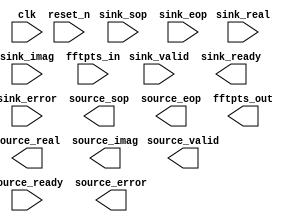

module fft_1k_fp (
	clk,
	reset_n,
	sink_valid,
	sink_ready,
	sink_error,
	sink_sop,
	sink_eop,
	sink_real,
	sink_imag,
	fftpts_in,
	source_valid,
	source_ready,
	source_error,
	source_sop,
	source_eop,
	source_real,
	source_imag,
	fftpts_out);	

	input		clk;
	input		reset_n;
	input		sink_valid;
	output		sink_ready;
	input	[1:0]	sink_error;
	input		sink_sop;
	input		sink_eop;
	input	[31:0]	sink_real;
	input	[31:0]	sink_imag;
	input	[10:0]	fftpts_in;
	output		source_valid;
	input		source_ready;
	output	[1:0]	source_error;
	output		source_sop;
	output		source_eop;
	output	[31:0]	source_real;
	output	[31:0]	source_imag;
	output	[10:0]	fftpts_out;
endmodule